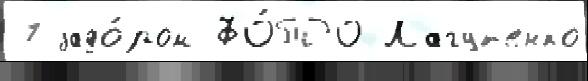
7 задо́ром ФО́ТО Лагут'енко